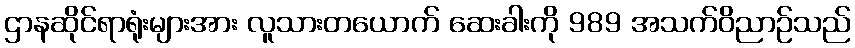
ဌာနဆိုင်ရာရုံးများအား လူသားတယောက် ဆေးခါးကို 989 အသက်ဝိညာဉ်သည်